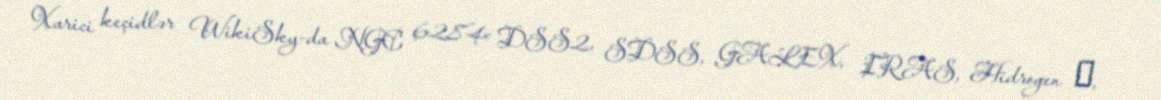
Xarici keçidlər WikiSky-da NGC 6284: DSS2, SDSS, GALEX, IRAS, Hidrogen α,